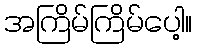
အကြိမ်ကြိမ်ပေါ့။